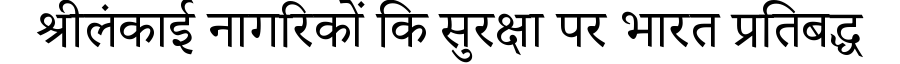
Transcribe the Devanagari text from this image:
श्रीलंकाई नागरिकों कि सुरक्षा पर भारत प्रतिबद्ध